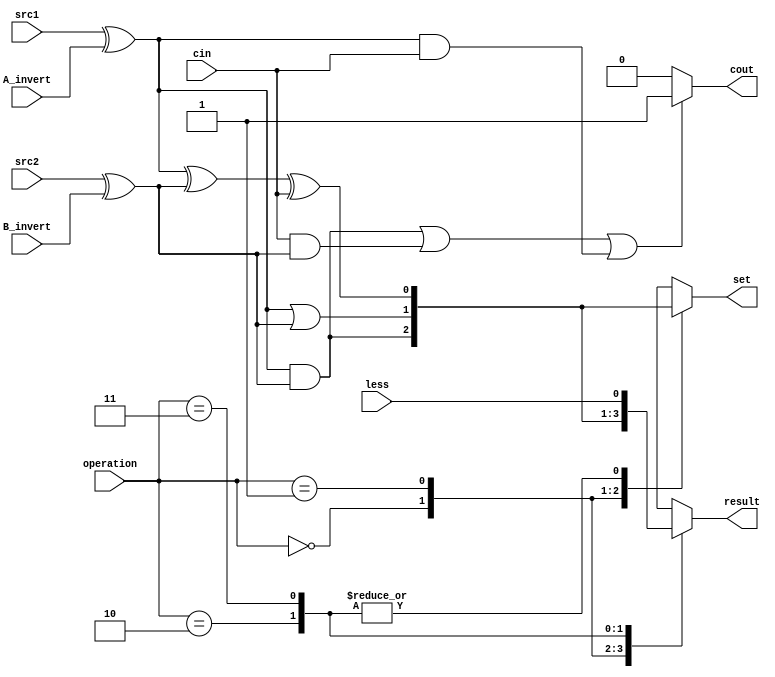
`timescale 1ns/1ps
//Student ID: 0016311
//////////////////////////////////////////////////////////////////////////////////
// Company: 
// Engineer: 
// 
// Design Name: 
// Module Name:    alu_top 
// Project Name: 
// Target Devices: 
// Tool versions: 
// Description: 
//
// Dependencies: 
//
// Revision: 
// Revision 0.01 - File Created
// Additional Comments: 
//
//////////////////////////////////////////////////////////////////////////////////

module alu_top(
               src1,       //1 bit source 1 (input)
               src2,       //1 bit source 2 (input)
               less,       //1 bit less     (input)
               A_invert,   //1 bit A_invert (input)
               B_invert,   //1 bit B_invert (input)
               cin,        //1 bit carry in (input)
               operation,  //operation      (input)
               result,     //1 bit result   (output)
               cout,       //1 bit carry out(output)		
					set			//set
               );

input         src1;
input         src2;
input         less;
input         A_invert;
input         B_invert;
input         cin;
input [2-1:0] operation;

output        result;
output        cout;
reg           result;

/////////////////////////////////////////////////////
output			set;
reg				set;
reg				wA,wB,wwADD,wwAND,wwOR;
reg				cout;
/////////////////////////////////////////////////////

always @(*)
begin
	//if (A_invert) wA <= ~src1;
	//else wA <= src1;
	wA <= src1 ^ A_invert;
	wB <= src2 ^ B_invert;
end


/*
always @(*)
begin
	wB <= src2 ^ B_invert;
end
*/

always @(*)
begin
	wwAND <= wA && wB;
	wwOR 	<= wA || wB;
	wwADD <= wA ^ wB ^ cin;
	if ((wA && wB)||(cin && wB)||(wA && cin)) cout <= 1;
	else cout <= 0;
end

/*
always @(*)
begin
	wwOR <= wA | wB;
end


//adder
always @(*)
begin
	wwADD <= wA & wB & cin;
	if ((wA & wB)|(cin & wB)|(wA & cin)) cout <= 1;
	else cout <= 0;
end
*/

//selector
always @(*)
begin
	case (operation)
	2'b00:		//AND
	begin
		result <= wwAND;
		set	 <= wwAND;
	end
	2'b01:		//OR
	begin
		result <= wwOR;
		set	 <= wwOR;
	end
	2'b10:		//ADD
	begin
		result <= wwADD;
		set	 <= wwADD;
	end
	2'b11:		//LESS
	begin
		result <= less;
		set	 <= wwADD;
	end
	endcase
end


endmodule